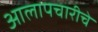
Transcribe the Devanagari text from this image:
आलापचारीचे